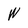
Character: W